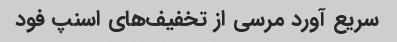
سریع آورد مرسی از تخفیف‌های اسنپ فود